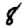
Digit: 8